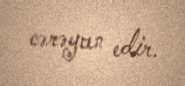
cərəyan edir.